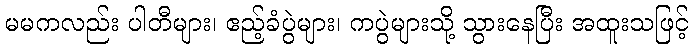
မမကလည်း ပါတီများ၊ ဧည့်ခံပွဲများ၊ ကပွဲများသို့ သွားနေပြီး အထူးသဖြင့်